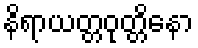
နိရာယတ္တဝုတ္တိနော